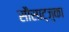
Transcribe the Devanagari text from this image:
सौसाट्ज़्का